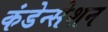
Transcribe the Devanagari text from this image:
कंडेन्सेशन